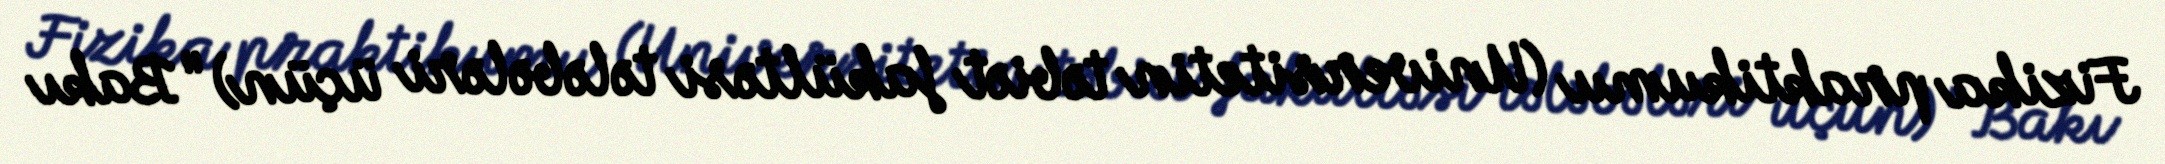
Fizika praktikumu (Universitetin təbiət fakültəsi tələbələri üçün) "Bakı